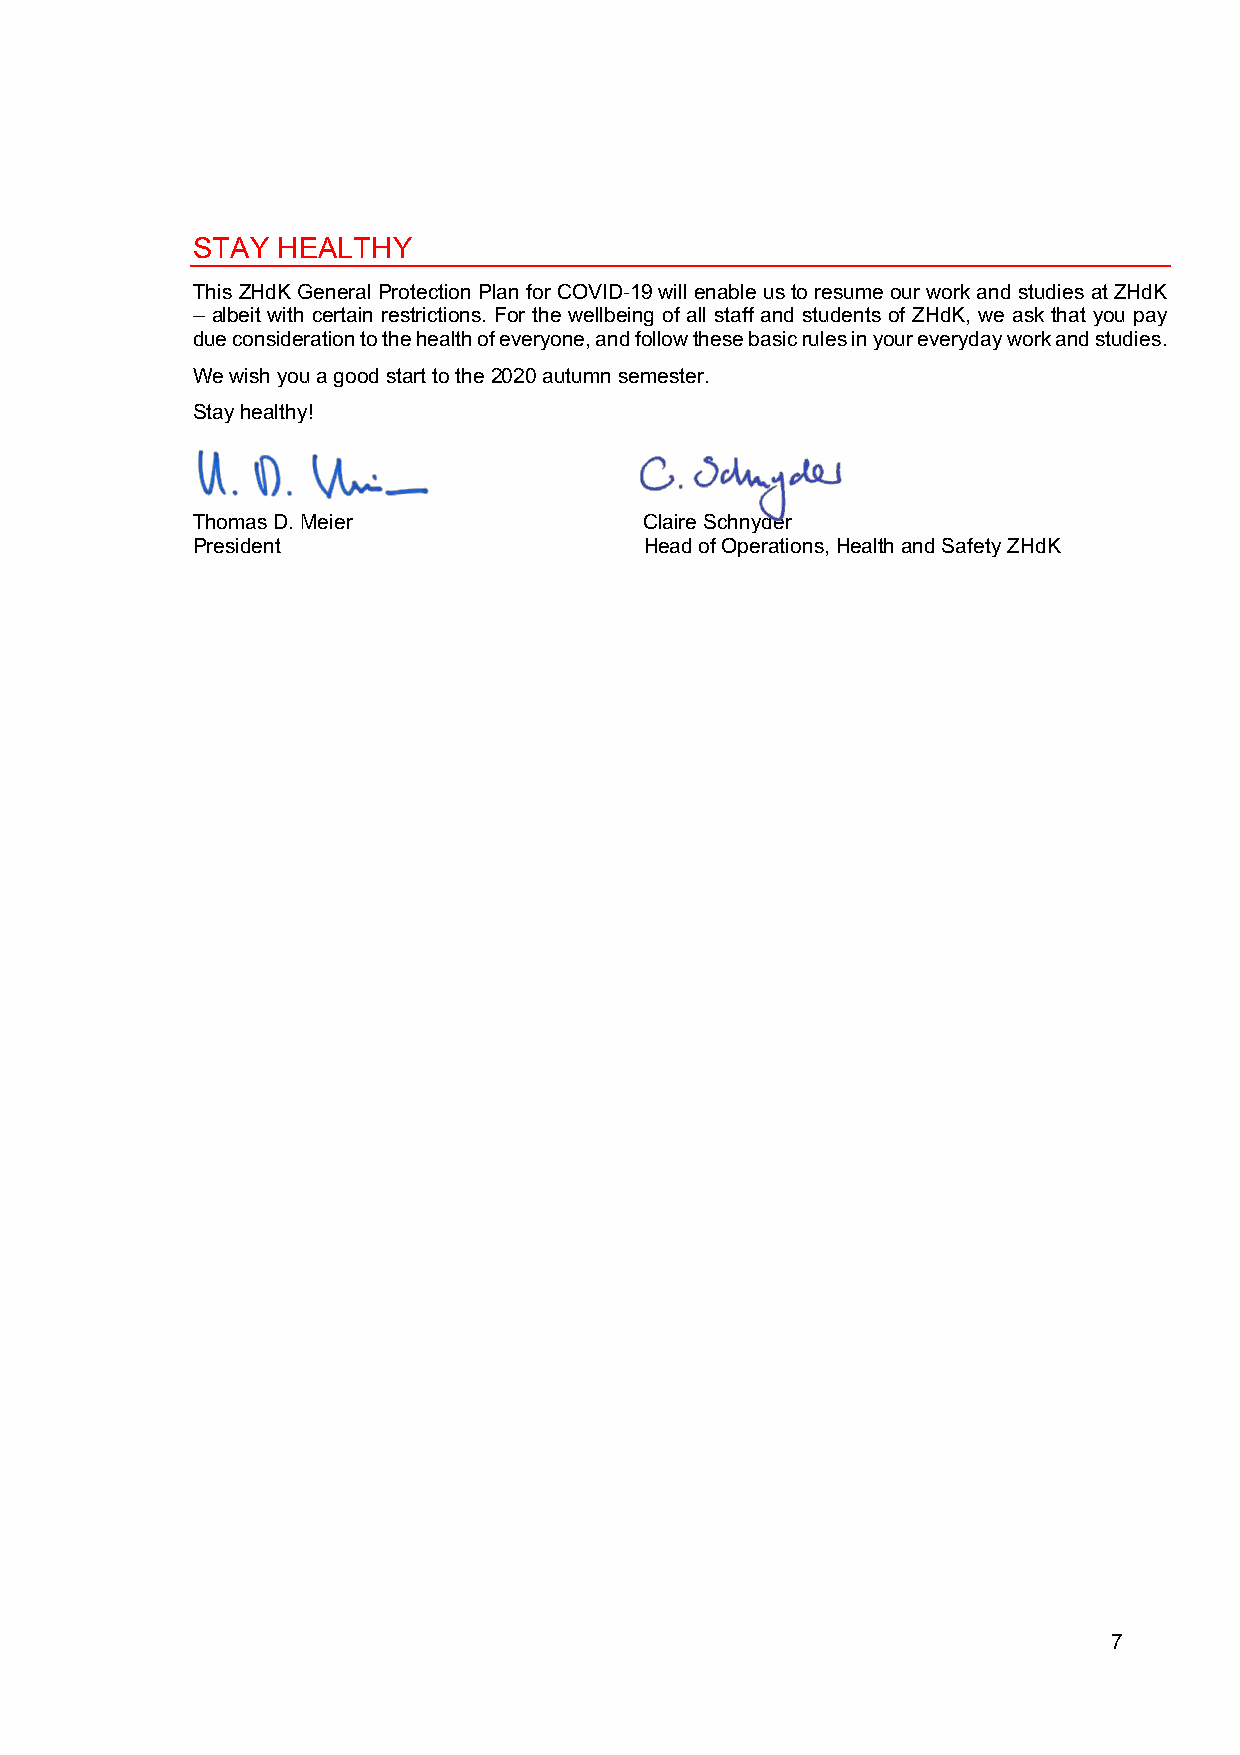
STAY HEALTHY
 This ZHdK General Protection Plan for COVID-19 will enable us to resume our work and studies at ZHdK
 – albeit with certain restrictions. For the wellbeing of all staff and students of ZHdK, we ask that you pay
 due consideration to the health of everyone, and follow these basic rules in your everyday work and studies.
 We wish you a good start to the 2020 autumn semester.
 Stay healthy!
 Thomas D. Meier               Claire Schnyder
 President                     Head of Operations, Health and Safety ZHdK
 7